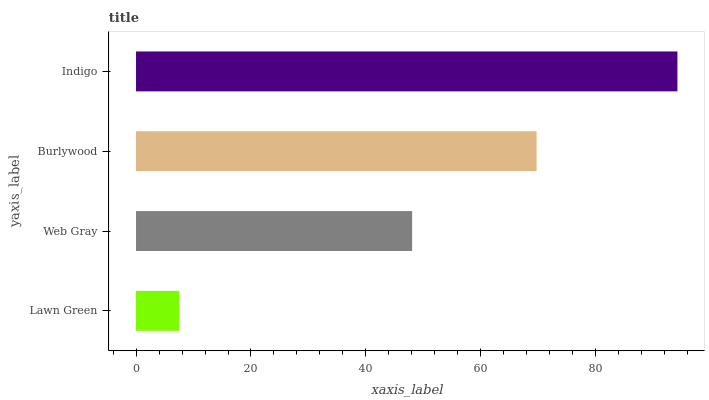
| yaxis_label | bars |
 | --- | --- |
 | Lawn Green | 7.54 |
 | Web Gray | 48 |
 | Burlywood | 69.7 |
 | Indigo | 94.2 |